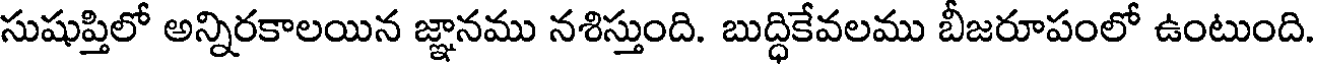
సుషుప్తిలో అన్నిరకాలయిన జ్ఞానము నశిస్తుంది. బుద్ధికేవలము బీజరూపంలో ఉంటుంది